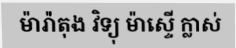
ម៉ារ៉ា់តុង វិទ្យុ ម៉ាស្ទើ ក្លាស់